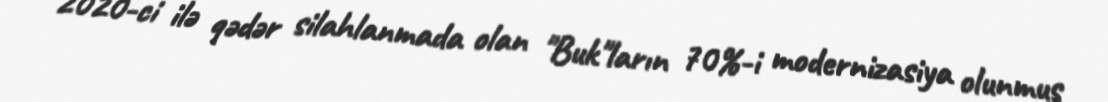
2020-ci ilə qədər silahlanmada olan "Buk"ların 70%-i modernizasiya olunmuş